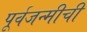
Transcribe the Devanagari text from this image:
पूर्वजन्मीची